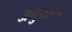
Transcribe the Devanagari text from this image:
अनुग्रहाने